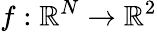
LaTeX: f:\mathbb{R}^{N}\to\mathbb{R}^{2}